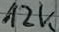
Text: 12k